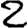
Digit: 2